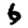
Digit: 6